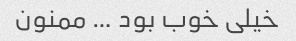
خیلی خوب بود … ممنون